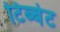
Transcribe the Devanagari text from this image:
टिब्बेट